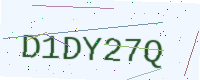
Text: D1DY27Q